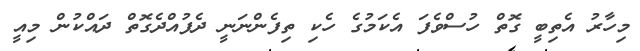
މިހާރު އެތިބީ ގޮތް ހުސްވެފަ އެކަމުގެ ހެކި ތިފެންނަނީ ދެފުއްދެގޮތް ދައްކުން މިއީ